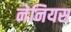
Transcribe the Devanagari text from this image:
नेनियस